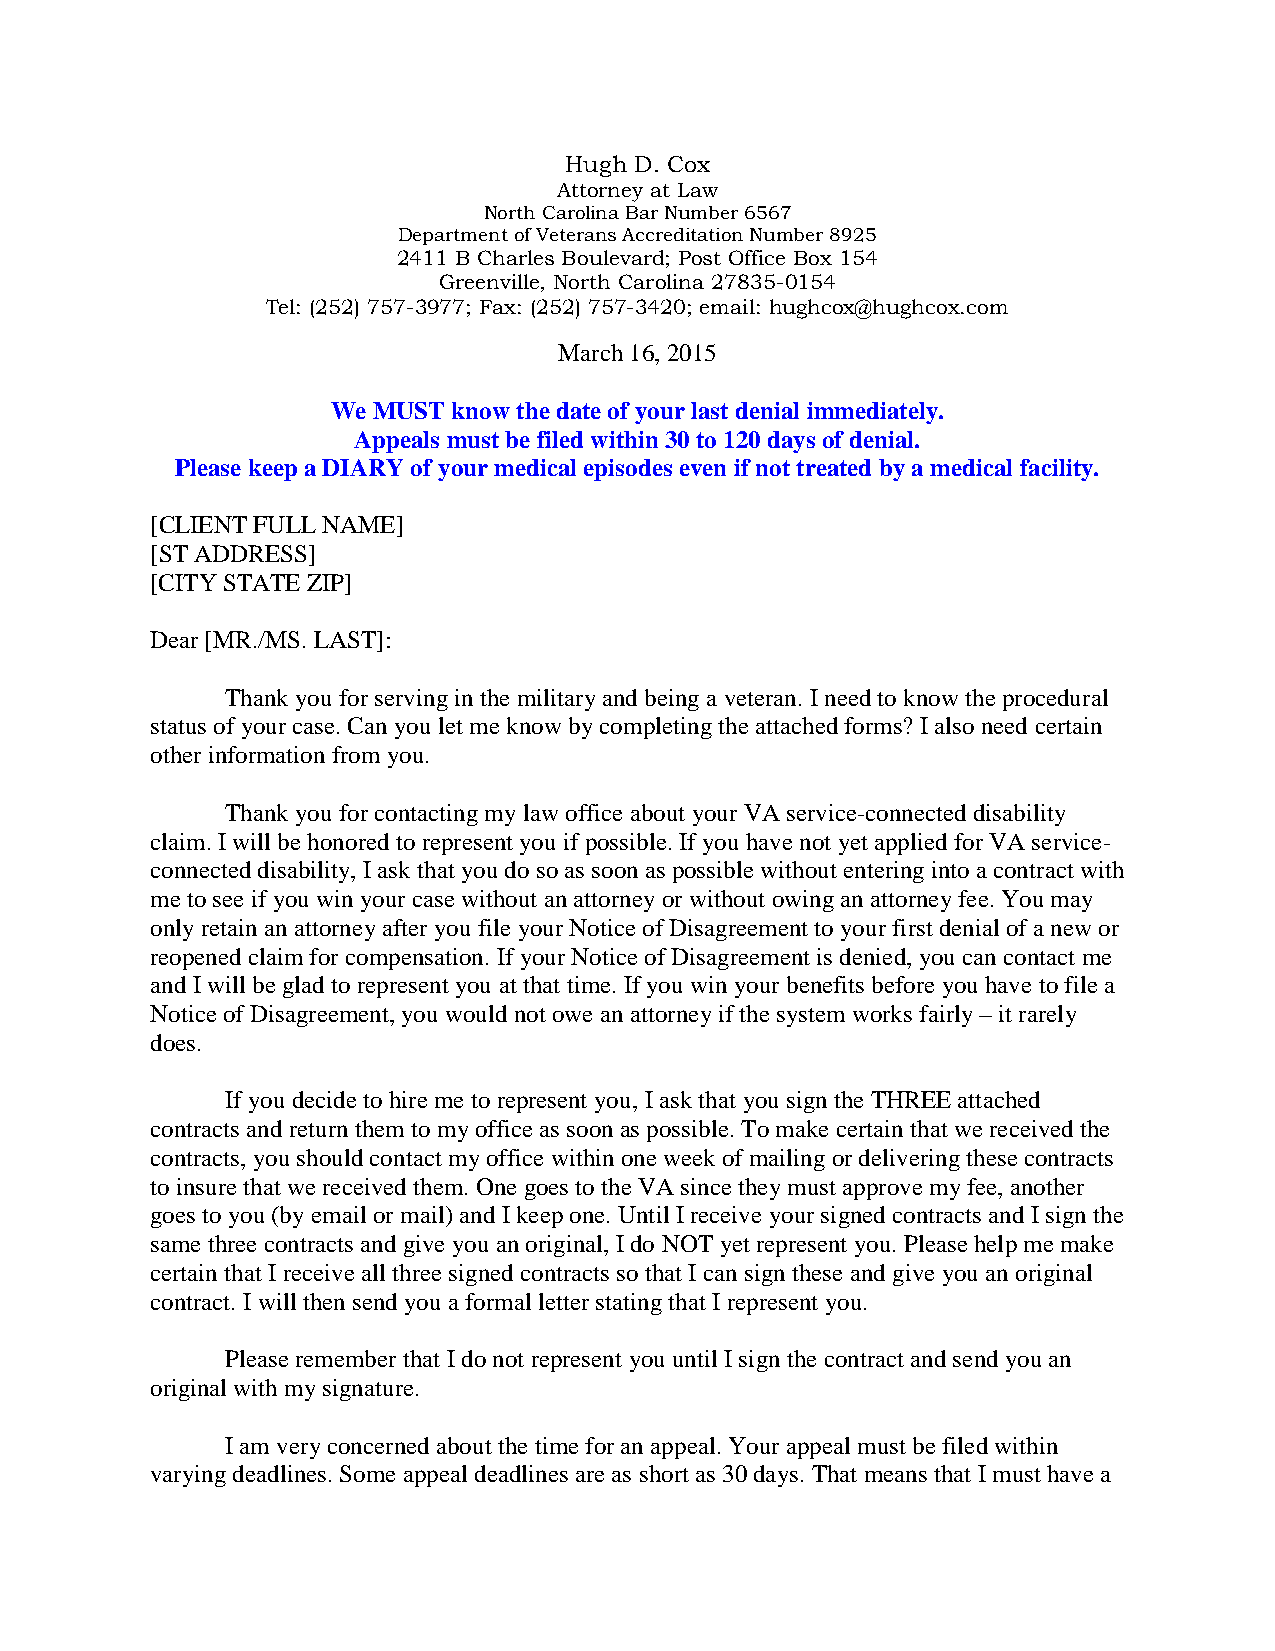
Hugh D. Cox
 Attorney at Law
 North Carolina Bar Number 6567
 Department of Veterans Accreditation Number 8925
 2411 B Charles Boulevard; Post Office Box 154
 Greenville, North Carolina 27835-0154
 Tel: (252) 757-3977; Fax: (252) 757-3420; email: hughcox@hughcox.com
 March 16, 2015
 We MUST know the date of your last denial immediately.
 Appeals must be filed within 30 to 120 days of denial.
 Please keep a DIARY of your medical episodes even if not treated by a medical facility.
 [CLIENT FULL NAME]
 [ST ADDRESS]
 [CITY STATE ZIP]
 Dear [MR./MS. LAST]:
 Thank you for serving in the military and being a veteran. I need to know the procedural
 status of your case. Can you let me know by completing the attached forms? I also need certain
 other information from you.
 Thank you for contacting my law office about your VA service-connected disability
 claim. I will be honored to represent you if possible. If you have not yet applied for VA service-
 connected disability, I ask that you do so as soon as possible without entering into a contract with
 me to see if you win your case without an attorney or without owing an attorney fee. You may
 only retain an attorney after you file your Notice of Disagreement to your first denial of a new or
 reopened claim for compensation. If your Notice of Disagreement is denied, you can contact me
 and I will be glad to represent you at that time. If you win your benefits before you have to file a
 Notice of Disagreement, you would not owe an attorney if the system works fairly – it rarely
 does.
 If you decide to hire me to represent you, I ask that you sign the THREE attached
 contracts and return them to my office as soon as possible. To make certain that we received the
 contracts, you should contact my office within one week of mailing or delivering these contracts
 to insure that we received them. One goes to the VA since they must approve my fee, another
 goes to you (by email or mail) and I keep one. Until I receive your signed contracts and I sign the
 same three contracts and give you an original, I do NOT yet represent you. Please help me make
 certain that I receive all three signed contracts so that I can sign these and give you an original
 contract. I will then send you a formal letter stating that I represent you.
 Please remember that I do not represent you until I sign the contract and send you an
 original with my signature.
 I am very concerned about the time for an appeal. Your appeal must be filed within
 varying deadlines. Some appeal deadlines are as short as 30 days. That means that I must have a